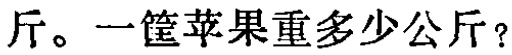
斤。一筐苹果重多少公斤？